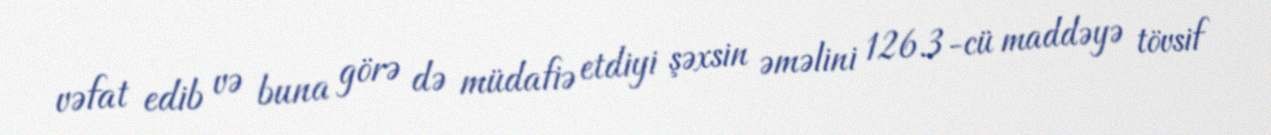
vəfat edib və buna görə də müdafiə etdiyi şəxsin əməlini 126.3-cü maddəyə tövsif